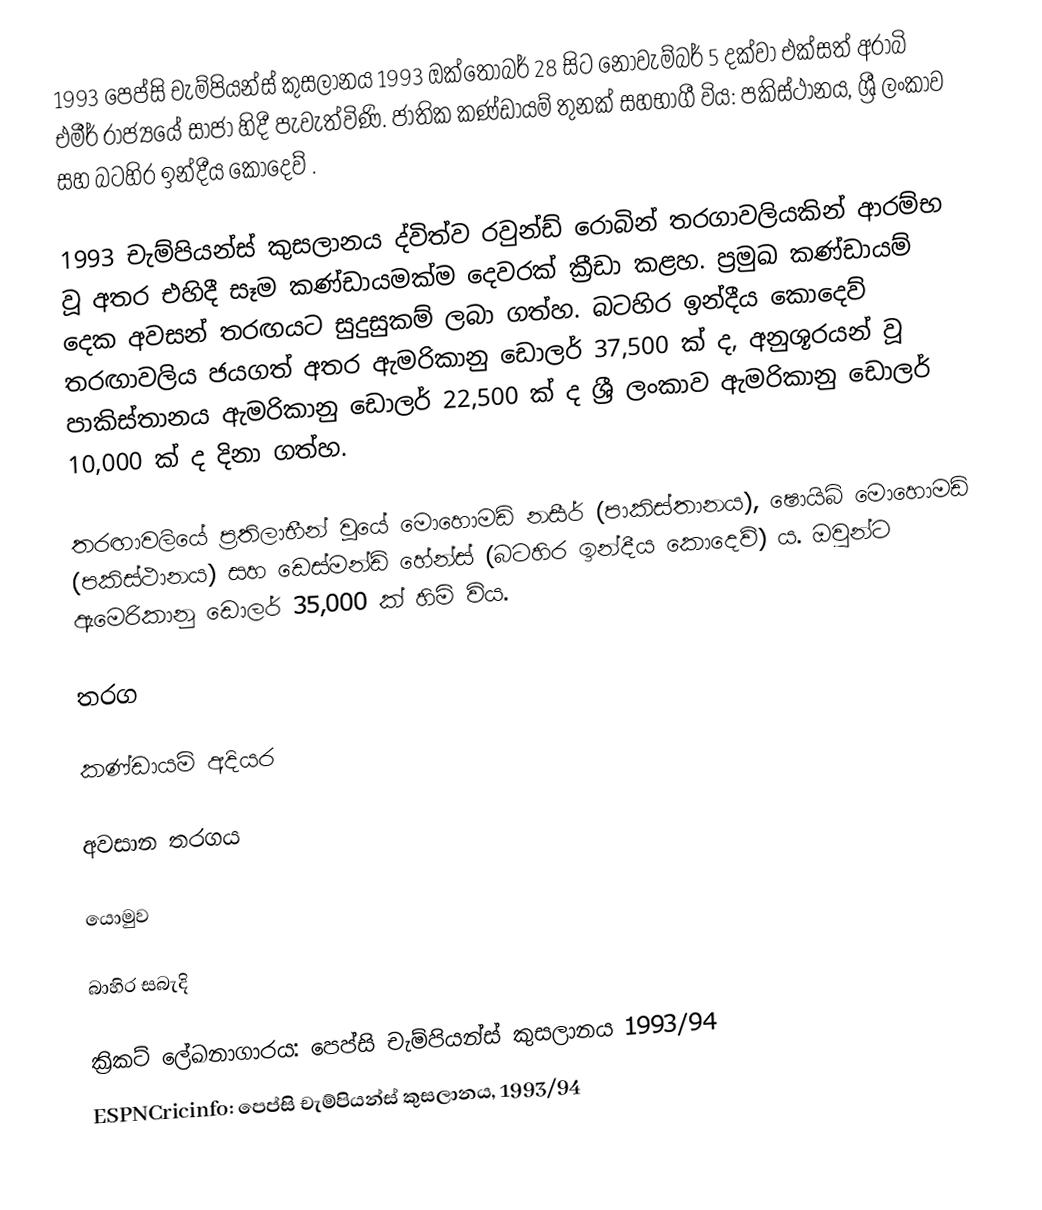
1993 පෙප්සි චැම්පියන්ස් කුසලානය 1993 ඔක්තෝබර් 28 සිට නොවැම්බර් 5 දක්වා එක්සත් අරාබි එමීර් රාජ්‍යයේ සාජා හිදී පැවැත්විණි. ජාතික කණ්ඩායම් තුනක් සහභාගී විය: පකිස්ථානය, ශ්‍රී ලංකාව සහ බටහිර ඉන්දීය කොදෙව් .

1993 චැම්පියන්ස් කුසලානය ද්විත්ව රවුන්ඩ් රොබින් තරගාවලියකින් ආරම්භ වූ අතර එහිදී සෑම කණ්ඩායමක්ම දෙවරක් ක්‍රීඩා කළහ. ප්‍රමුඛ කණ්ඩායම් දෙක අවසන් තරඟයට සුදුසුකම් ලබා ගත්හ. බටහිර ඉන්දීය කොදෙව් තරඟාවලිය ජයගත් අතර ඇමරිකානු ඩොලර් 37,500 ක් ද, අනුශූරයන් වූ පාකිස්තානය ඇමරිකානු ඩොලර් 22,500 ක් ද ශ්‍රී ලංකාව ඇමරිකානු ඩොලර් 10,000 ක් ද දිනා ගත්හ.

තරඟාවලියේ ප්‍රතිලාභීන් වූයේ මොහොමඩ් නසීර් (පාකිස්තානය), ෂොයිබ් මොහොමඩ් (පකිස්ථානය) සහ ඩෙස්මන්ඩ් හේන්ස් (බටහිර ඉන්දීය කොදෙව්) ය. ඔවුන්ට ඇමෙරිකානු ඩොලර් 35,000 ක් හිමි විය.

තරග

කණ්ඩායම් අදියර

අවසාන තරගය

යොමුව

බාහිර සබැදි

 ක්‍රිකට් ලේඛනාගාරය: පෙප්සි චැම්පියන්ස් කුසලානය 1993/94
 ESPNCricinfo: පෙප්සි චැම්පියන්ස් කුසලානය, 1993/94